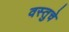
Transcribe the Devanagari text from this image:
वस्तुचे